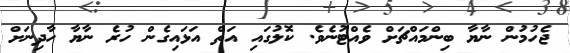
ޖެހުމުން ނާޔާ ބިންމައްޗަށް ވެއްޓުނެވެ. ކޮލުގައި އަތް އަޅައިގެން ހުރެ ނާޔާ ހާދިނަށް